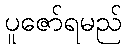
ပူဇော်ရမည်